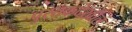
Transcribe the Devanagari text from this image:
पुस्तकदेखील